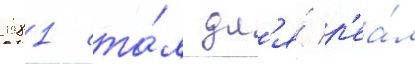
1981 ста́л дл'я́ р'еа́л